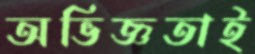
অভিজ্ঞতাই